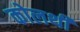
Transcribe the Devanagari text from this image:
कोलथी